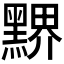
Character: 𪑹